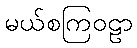
မယ်စကြဝဠာ